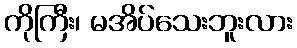
ကိုကြီး၊ မအိပ်သေးဘူးလား